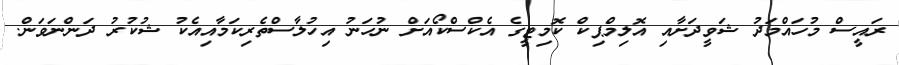
ރައީސް މުހައްމަދު ޝަވީދަށާއި އޮލިމްޕިކް ކޮމިޓީގެ އެކްސްކޯއަށް ނުހަނު އިހުލާސްތެރިކަމާއިއެކު ޝުކުރު ދަންނަވަން.